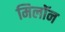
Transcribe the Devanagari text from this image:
मिलॉन